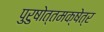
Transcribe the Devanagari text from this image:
पुरुषोत्तमक्षेत्र